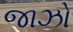
જાઝો